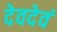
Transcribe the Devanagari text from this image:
देवदेवं